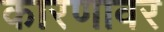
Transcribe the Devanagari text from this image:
कारणावर